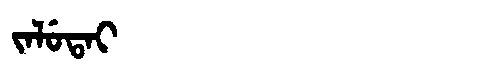
Manchu: ᠵᠠᠯᡠᡨᠠᡳ
Romanization: JALUTAI